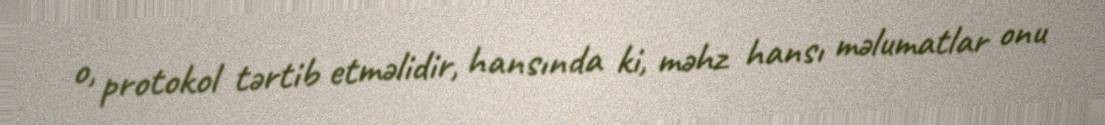
o, protokol tərtib etməlidir, hansında ki, məhz hansı məlumatlar onu